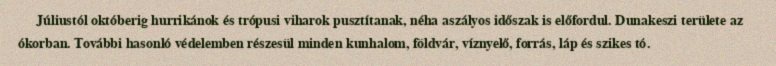
Júliustól októberig hurrikánok és trópusi viharok pusztítanak, néha aszályos időszak is előfordul. Dunakeszi területe az ókorban. További hasonló védelemben részesül minden kunhalom, földvár, víznyelő, forrás, láp és szikes tó.